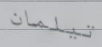
تيلمان